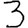
Digit: 3